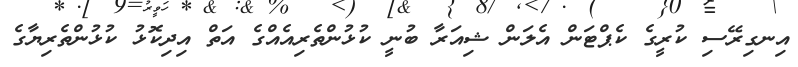
އިނގިރޭސި ކުރީގެ ކެޕްޓަން އެލަން ޝިއަރާ ބުނީ ކުޅުންތެރިއެއްގެ އަތް އިދިކޮޅު ކުޅުންތެރިޔާގެ